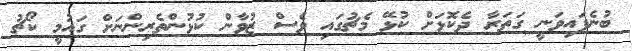
ބުނެފައިވަނީ ގަތަރާ ދެކޮޅަށް ކުޅޭ މެޗުގައި ވެސް ޒުވާން ކުޅުންތެރިންނަށް ގައުމީ ކޯޗު